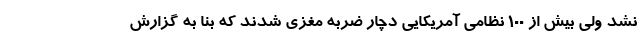
نشد ولی بیش از 100 نظامی آمریکایی دچار ضربه مغزی شدند که بنا به گزارش